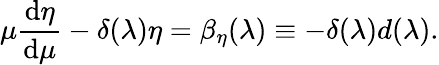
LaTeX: \mu{\frac{\mathrm{d}\eta}{\mathrm{d}\mu}}-\delta(\lambda)\eta=\beta_{\eta}(\lambda)\equiv-\delta(\lambda)d(\lambda).